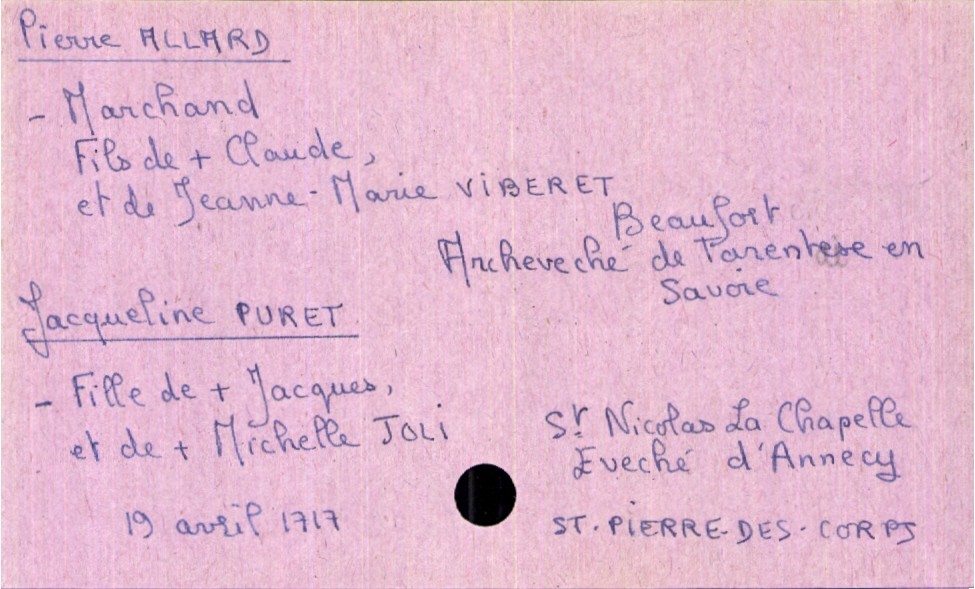
type_acte: Mariage
année: 1717
mois: avril
jour: 19
paroisse: Saint Pierre des Corps
marié_nom: Allard
marié_prénom: Pierre
marié_profession: marchand
marié_lieu_de_naissance: Beaufort Archeveché de Tarentese en Savoie
père_marié_nom: Allard
père_marié_prénom: Claude
père_marié_statut: décédé
mère_marié_nom: Viberet
mère_marié_prénom: Jeanne-Marie
mariée_nom: Puret
mariée_prénom: Jacqueline
mariée_lieu_de_naissance: Saint Nicolas la Chapelle Eveché d'Annecy
père_mariée_nom: Puret
père_mariée_prénom: Jacques
père_mariée_statut: décédé
mère_mariée_nom: Joli
mère_mariée_prénom: Michelle
mère_mariée_statut: décédée